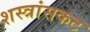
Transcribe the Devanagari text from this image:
शस्त्रांसकट